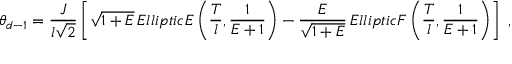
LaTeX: \theta _ { d - 1 } = \frac { J } { l \sqrt { 2 } } \left[ \sqrt { 1 + E } \, E l l i p t i c E \left( \frac { T } { l } , \frac { 1 } { E + 1 } \right) - \frac { E } { \sqrt { 1 + E } } \, E l l i p t i c F \left( \frac { T } { l } , \frac { 1 } { E + 1 } \right) \right] \; ,